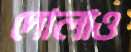
দোলাও